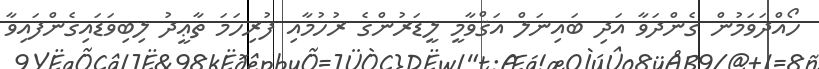
ހޯއްދަވަމުން ގެންދަވާ އަދި ބައިނަލް އަޤްވާމީ ލީޑަރުންގެ ރުހުމާއި ފުރިހަމަ ތާޢީދު ލިބިވަޑައިގެންފައިވާ